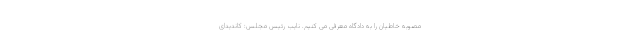
مصوبه خاطیان را به دادگاه معرفی می کنیم. نایب رئیس مجلس: کاندیدای